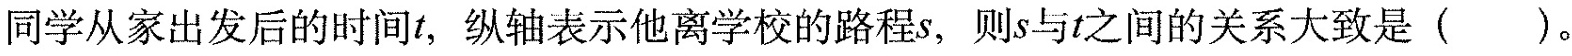
同学从家出发后的时间t，纵轴表示他离学校的路程s，则s与t之间的关系大致是( )。